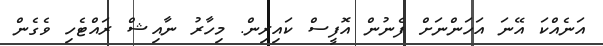
އަނެއްކަ އޭނަ އަހަންނަށް ފެނުން އޮފީސް ކައިރިން. މިހާރު ނާއިޝް ރައްޓެހި ވެގެން